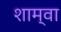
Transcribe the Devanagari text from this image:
शाम्वा